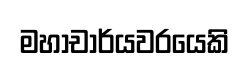
මහාචාර්යවරයෙකි